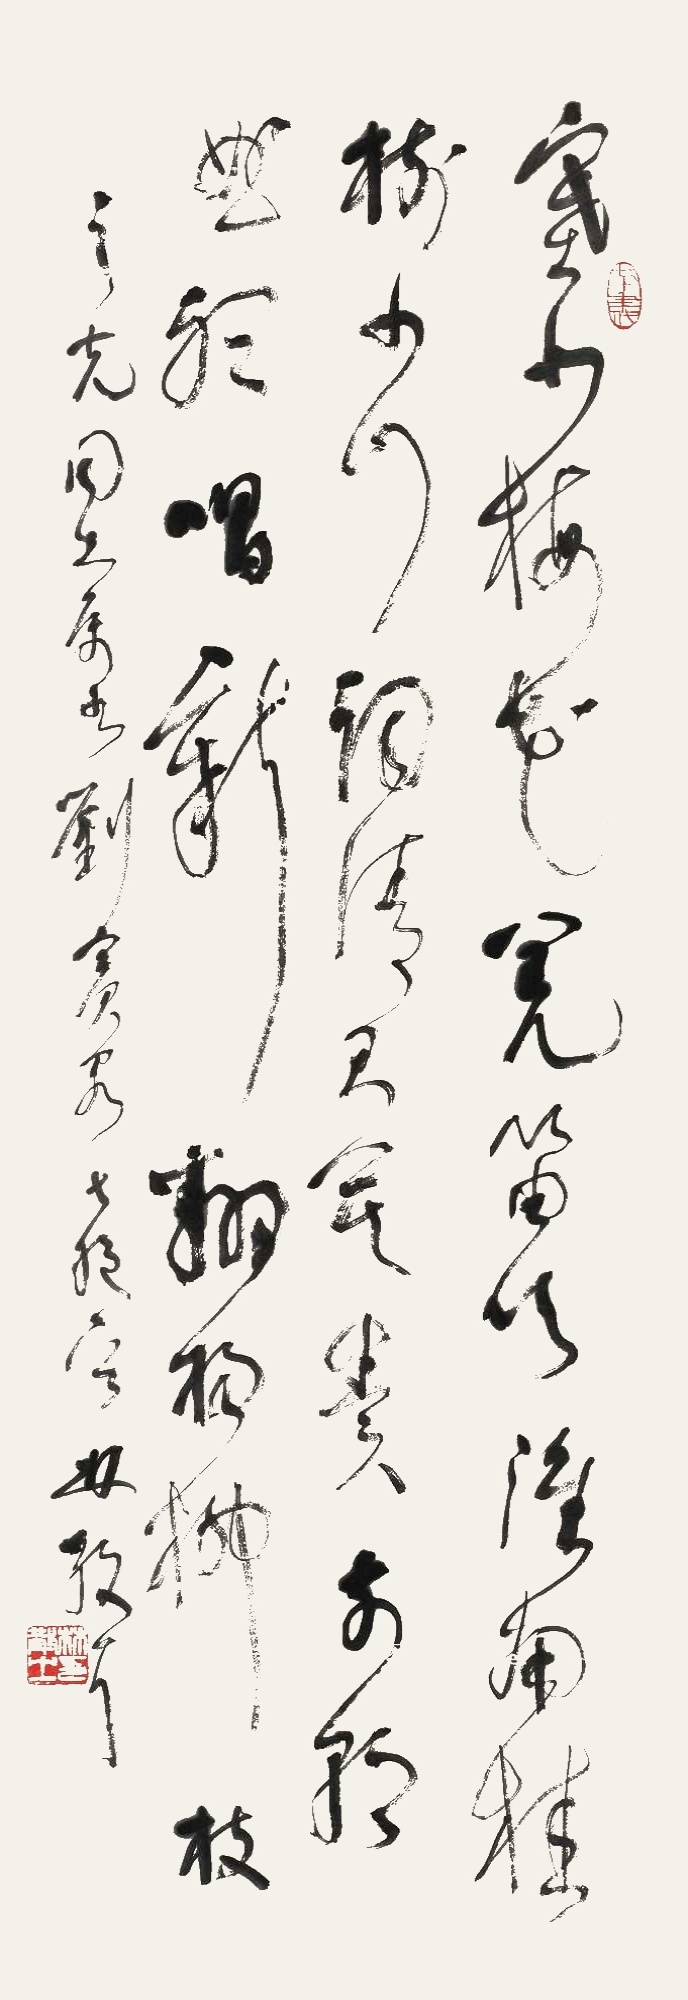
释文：塞北梅花羌笛吹，淮南桂树小山词。请君莫奏前朝曲，听唱新翻杨柳枝。之光同志属书，刘宾客七绝一首，林散耳。